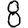
Digit: 8